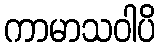
ကာမာသဝါပိ